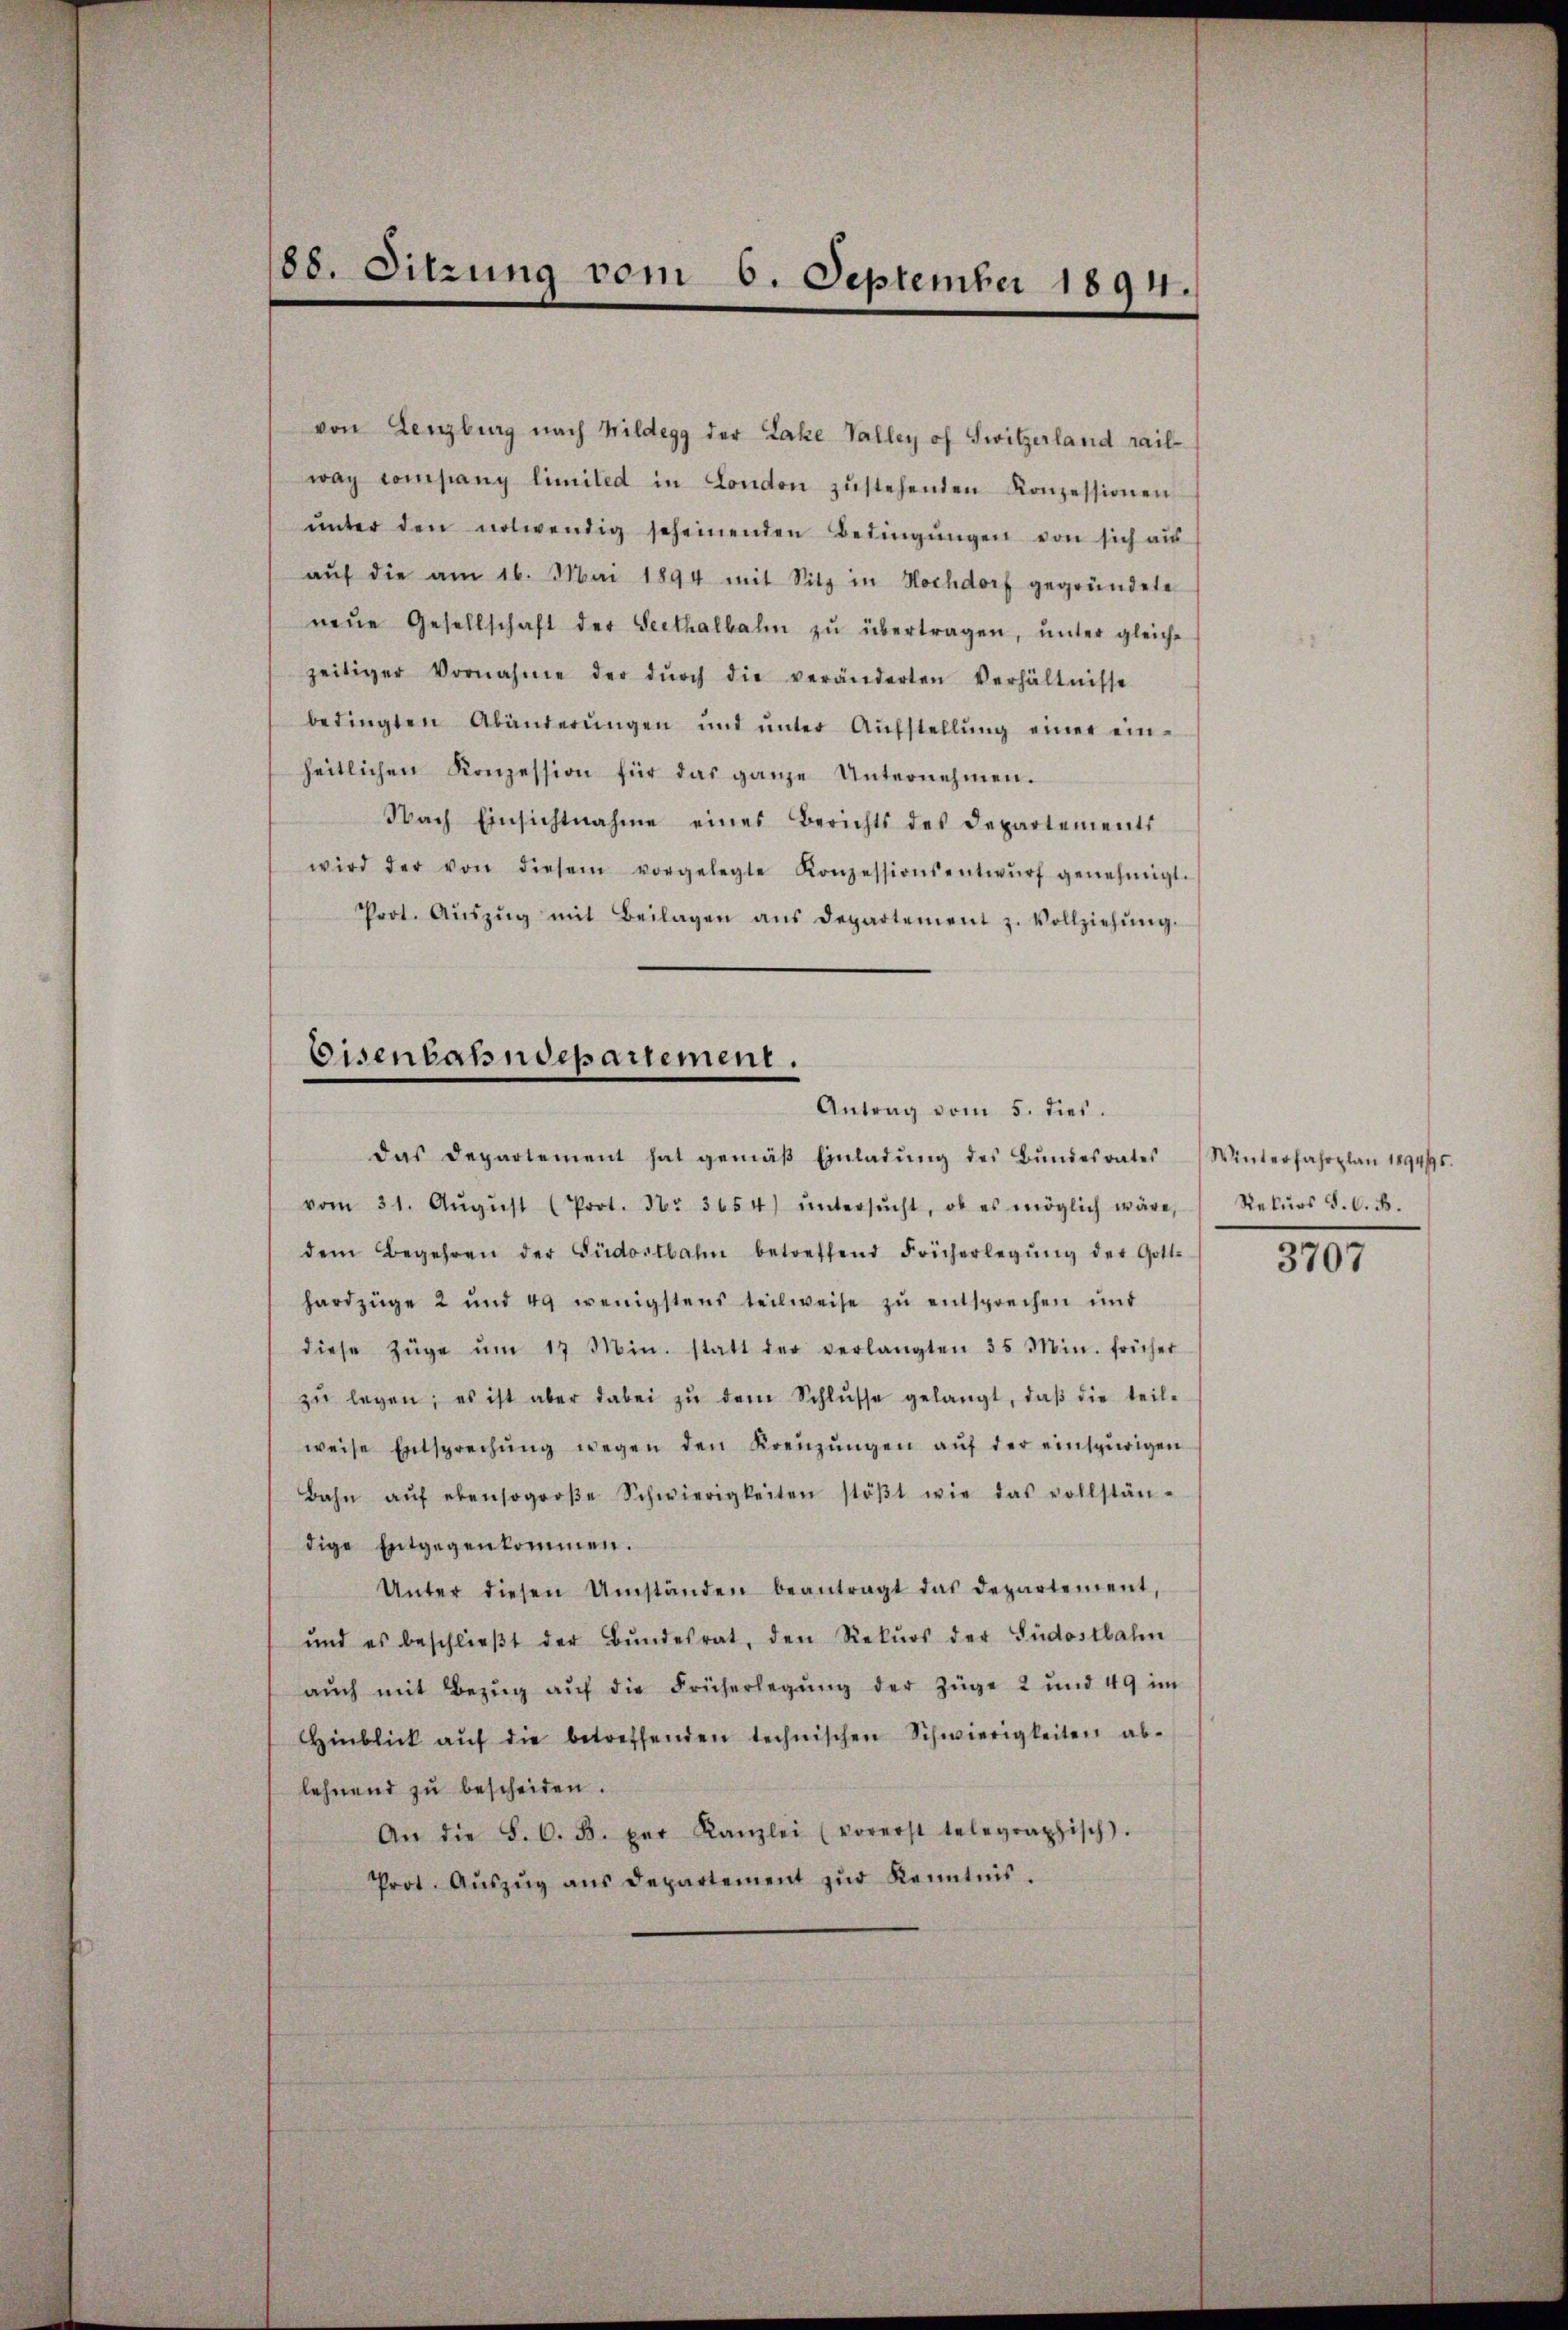
188. Sitzung vom 6. September 1891.

von Lenzburg nach Wildegg der Lake Valley of Switzerland rail-
way company limited in London zŭstehenden Konzessionen
ŭnter den notwendig scheinenden Bedingŭngen von sich aus
aŭf die am 16. Mai 1894 mit Sitz in Hochdorf gegründete
neŭe Gesellschaft der Seethalbahn zŭ übertragen, ŭnter gleiche
zeitiger Vornahme der dŭrch die veränderten Verhältnisse
bedingten Abänderŭngen und ŭnter Aŭfstellŭng einer ein-
heitlichen Konzession für das ganze Unternehmen.
Nach Einsichtnahme eines Berichts des Departements
wird der von diesem vorgelegte Konzessionsentwŭrf genehmigt.
Prot. Aŭszŭg mit Beilagen ans Departement z. Vollziehŭng.

Eisenbahndepartement.
Antrag vom 5. dies.

das Departement hat gemäβ Einladŭng des Bŭndesrates
vom 31. Aŭgŭst (Prot. Nr. 3654) ŭntersŭcht, ob es möglich wäre,
dem Begehren der Südostbahn betreffend Frücherlegŭng der Gott-
hardzüge 2 und 49 wenigstens teilweise zu entsprechen und
diese Züge ŭm 17 Min. statt der verlangten 35 Min. früher
zŭ legen; es ist aber dabei zŭ dem Schlŭsse gelangt, daβ die teil-
weise Entsprechŭng wegen den Kreŭzŭngen aŭf der einspirigen
Bahn aŭf ebensogroβe Schwierigkeiten stöβt wie das vollstän-
dige Entgegenkommen.
Unter diesen Umständen beantragt das Departement,
und es beschlieβt der Bŭndesrat, den Rekŭrs der Südostbahn
aŭch mit Bezŭg aŭf die Früherlegŭng der Züge 2 und 49 im
Hinblick aŭf die betreffenden technischen Schwierigkeiten ab-
lehnend zu bescheiden.
An die S. O. B. per Kanzlei (vorerst telegraphisch).
Prot. Aŭszŭg ans Departement zŭr Kenntnis.

Winterfahrplan 189495.
Rekurs S. O. B.
3707